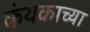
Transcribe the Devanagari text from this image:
कंथकाच्या